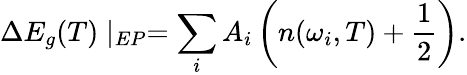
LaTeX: \Delta E_{g}(T)\mid_{EP}=\sum_{i}A_{i}\left(n(\omega_{i},T)+\frac{1}{2}\right).